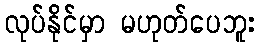
လုပ်နိုင်မှာ မဟုတ်ပေဘူး